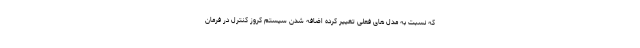
که نسبت به مدل های فعلی تغییر کرده اضافه شدن سیستم کروز کنترل در فرمان